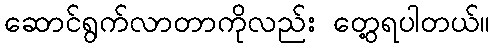
ဆောင်ရွက်လာတာကိုလည်း တွေ့ရပါတယ်။